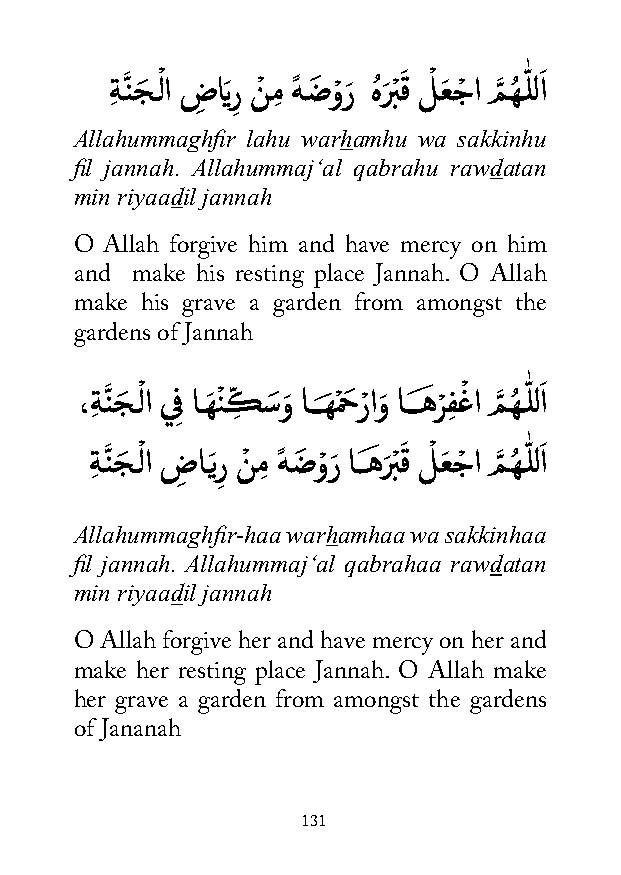
ةِ نَّ جَ ـْ لا ضِ ايَر
 ِ
 نْ مِ هً ضَ وْ رَ هُرَ ْبقَ لْ عَ جْ ا مَّ هُ ـّٰ للاَ
 Allahummaghfir lahu warhamhu wa sakkinhu
 fil jannah. Allahummaj‘al qabrahu rawdatan
 min riyaadil jannah
 O Allah forgive him and have mercy on him
 and make his resting place Jannah. O Allah
 make his grave a garden from amongst the
 gardens of Jannah
 ،ةِ نَّ جَ ـْ لا ي ِف اـهَ نْ كِّ سَوَ اـــهَ مْ حَ رْ اوَ اـــهَ رْ فِ غْ ا مَّ هُ ـّٰ للاَ
 ةِ نَّ جَ ـْ لا ضِ اـَير
 ِ
 نْ مِ هً ضَ وْ رَ اــهَ رَ ْبقَ لْ عَ جْ ا مَّ هُ ـّٰ للاَ
 Allahummaghfir-haa warhamhaa wa sakkinhaa
 fil jannah. Allahummaj‘al qabrahaa rawdatan
 min riyaadil jannah
 O Allah forgive her and have mercy on her and
 make her resting place Jannah. O Allah make
 her grave a garden from amongst the gardens
 of Jananah
 131